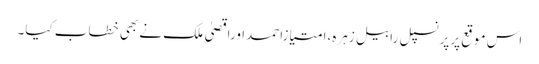
اس موقع پرپرنسپل رابیل زہرہ،امتیازاحمداوراقصیٰ ملک نے بھی خطاب کیا۔